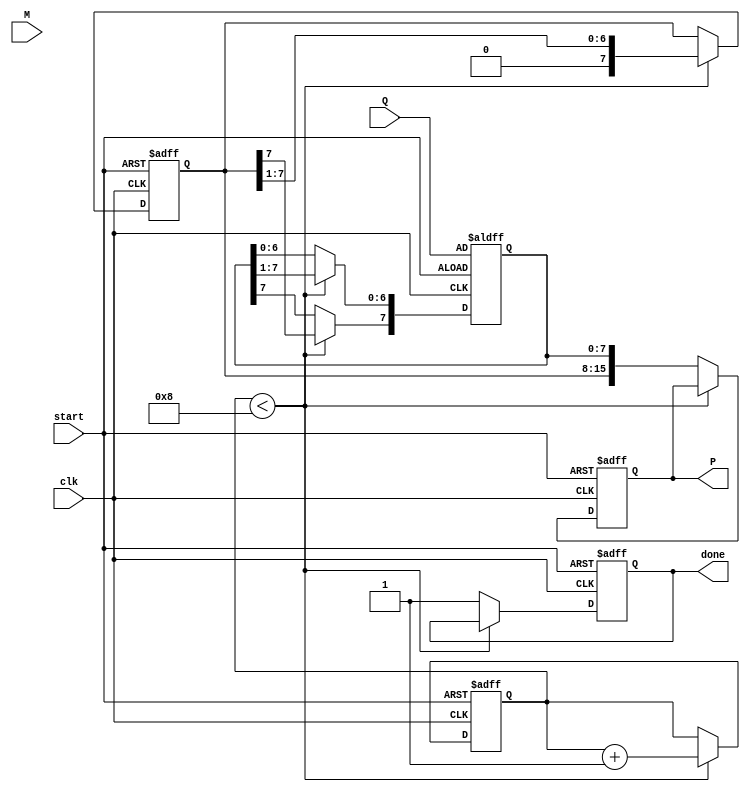
module booth_multiplier #(
    parameter WIDTH = 8 // Bit width for the multiplicand and multiplier
) (
    input signed [WIDTH-1:0] M,  // Multiplicand
    input signed [WIDTH-1:0] Q,  // Multiplier
    input clk,                   // Clock signal
    input start,                 // Start signal
    output reg signed [(2*WIDTH)-1:0] P, // Product output
    output reg done              // Done flag
);

    reg signed [WIDTH-1:0] A;    // Accumulator
    reg [WIDTH-1:0] Q_temp;       // Temporary multiplier
    reg Q_1;                      // Previous bit (Q-1)
    reg [3:0] count;              // Counter for iterations

    always @(posedge clk or negedge start) begin
        if (!start) begin
            // Reset
            A <= 0;
            Q_temp <= Q;
            Q_1 <= 0;
            P <= 0;
            count <= 0;
            done <= 0;
        end else if (count < WIDTH) begin
            // Booth's algorithm operations
            case ({Q_temp[0], Q_1})
                2'b00: begin
                    // No operation
                end
                2'b01: begin
                    // Add M to A
                    A <= A + M;
                end
                2'b10: begin
                    // Subtract M from A
                    A <= A - M;
                end
                2'b11: begin
                    // No operation
                end
            endcase

            // Shift A and Q together
            {A, Q_temp} <= {A, Q_temp} >> 1;
            Q_temp[WIDTH-1] <= A[WIDTH-1]; // Preserve sign during the shift

            // Update Q_1 to current Q[0]
            Q_1 <= Q_temp[0];

            // Increment count
            count <= count + 1;
        end else begin
            // After all iterations, produce the final product
            P <= {A, Q_temp}; // Combine A and Q for the final product
            done <= 1;       // Indicate that multiplication is done
        end
    end
endmodule